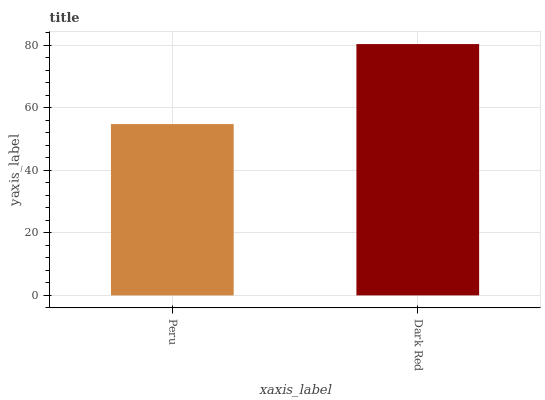
| xaxis_label | bars |
 | --- | --- |
 | Peru | 54.8 |
 | Dark Red | 80.4 |